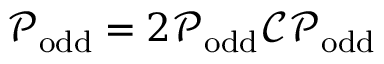
\mathcal { P } _ { \mathrm { o d d } } = 2 \mathcal { P } _ { \mathrm { o d d } } \mathcal { C } \mathcal { P } _ { \mathrm { o d d } }